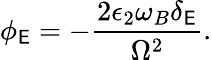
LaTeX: \phi_{\mathsf{E}}=-\frac{{2\epsilon_{2}\omega_{B}\delta_{\mathsf{E}}}}{{\Omega^{2}}}.